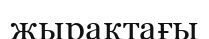
жырақтағы